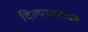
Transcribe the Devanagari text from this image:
दिल्याबददल